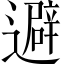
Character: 避